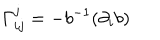
\Gamma _ { i j } ^ { j } = - b ^ { - 1 } ( \partial _ { i } b )